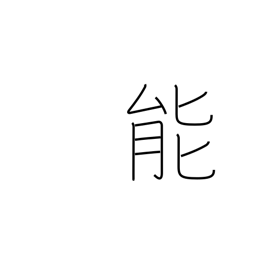
Meaning: talent